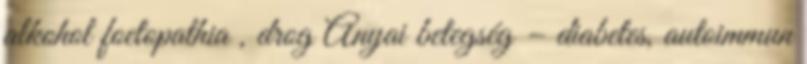
alkohol foetopathia , drog Anyai betegség – diabetes, autoimmun